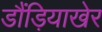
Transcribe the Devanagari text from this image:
डौंड़ियाखेर